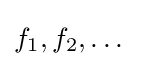
f_{1},f_{2},\dots